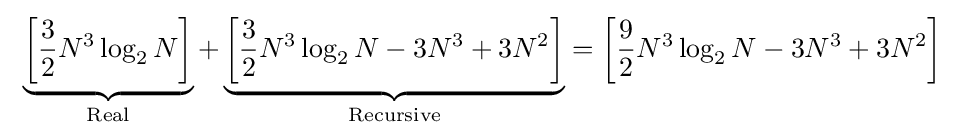
~\underbrace {\left[{\frac {3}{2}}N^{3}\log _{2}N\right]} _{\text{Real}}+\underbrace {\left[{\frac {3}{2}}N^{3}\log _{2}N-3N^{3}+3N^{2}\right]} _{\text{Recursive}}=\left[{\frac {9}{2}}N^{3}\log _{2}N-3N^{3}+3N^{2}\right]~